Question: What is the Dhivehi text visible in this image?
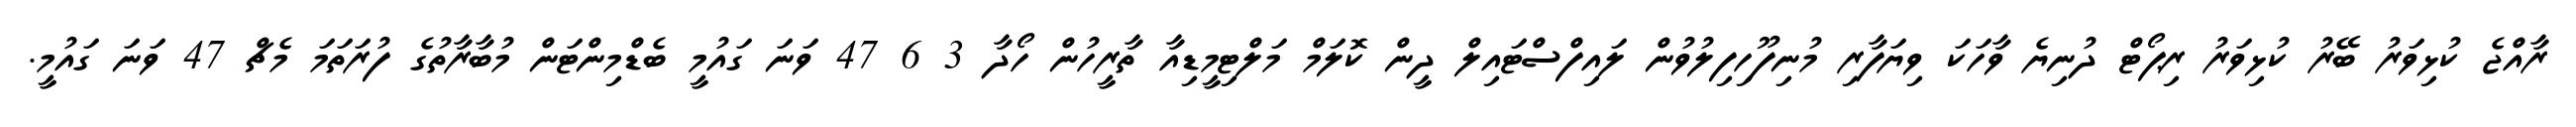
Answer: ރާއްޖެ ކުޅިވަރު ބޭރު ކުޅިވަރު ރިޕޯޓް ދުނިޔެ ވާހަކަ ވިޔަފާރި މުނިފޫހިފިލުވުން ލައިފްސްޓައިލް ދީން ކޮލަމް މަލްޓިމީޑިއާ ތާރީހުން ހޯދާ 3 6 47 ވަނަ ގައުމީ ބެޑްމިންޓަން މުބާރާތުގެ ފުރަތަމަ މެޗް 47 ވަނަ ގައުމީ.